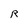
Character: R